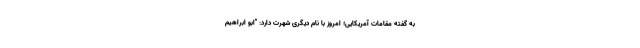
به گفته مقامات آمریکایی؛ امروز با نام دیگری شهرت دارد: "ابو ابراهیم